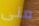
منى